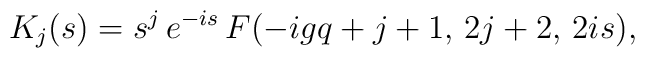
K_j(s) =s^j\,e^{-is}\,F(-igq +j +1,\, 2j+2,\, 2is),